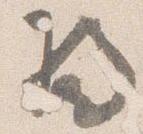
将